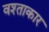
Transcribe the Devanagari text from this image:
वश्ताकार